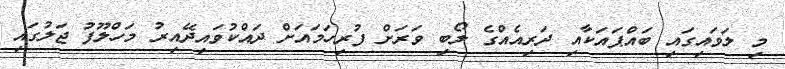
މި ލަވައިގައި ބައްޕައަކާއި ދަރިއެއްގެ ލޯބި ވަރަށް ފުރިހަމައަށް ދައްކުވައިދޭއިރު މަހްލޫފު ޖަލުގައި